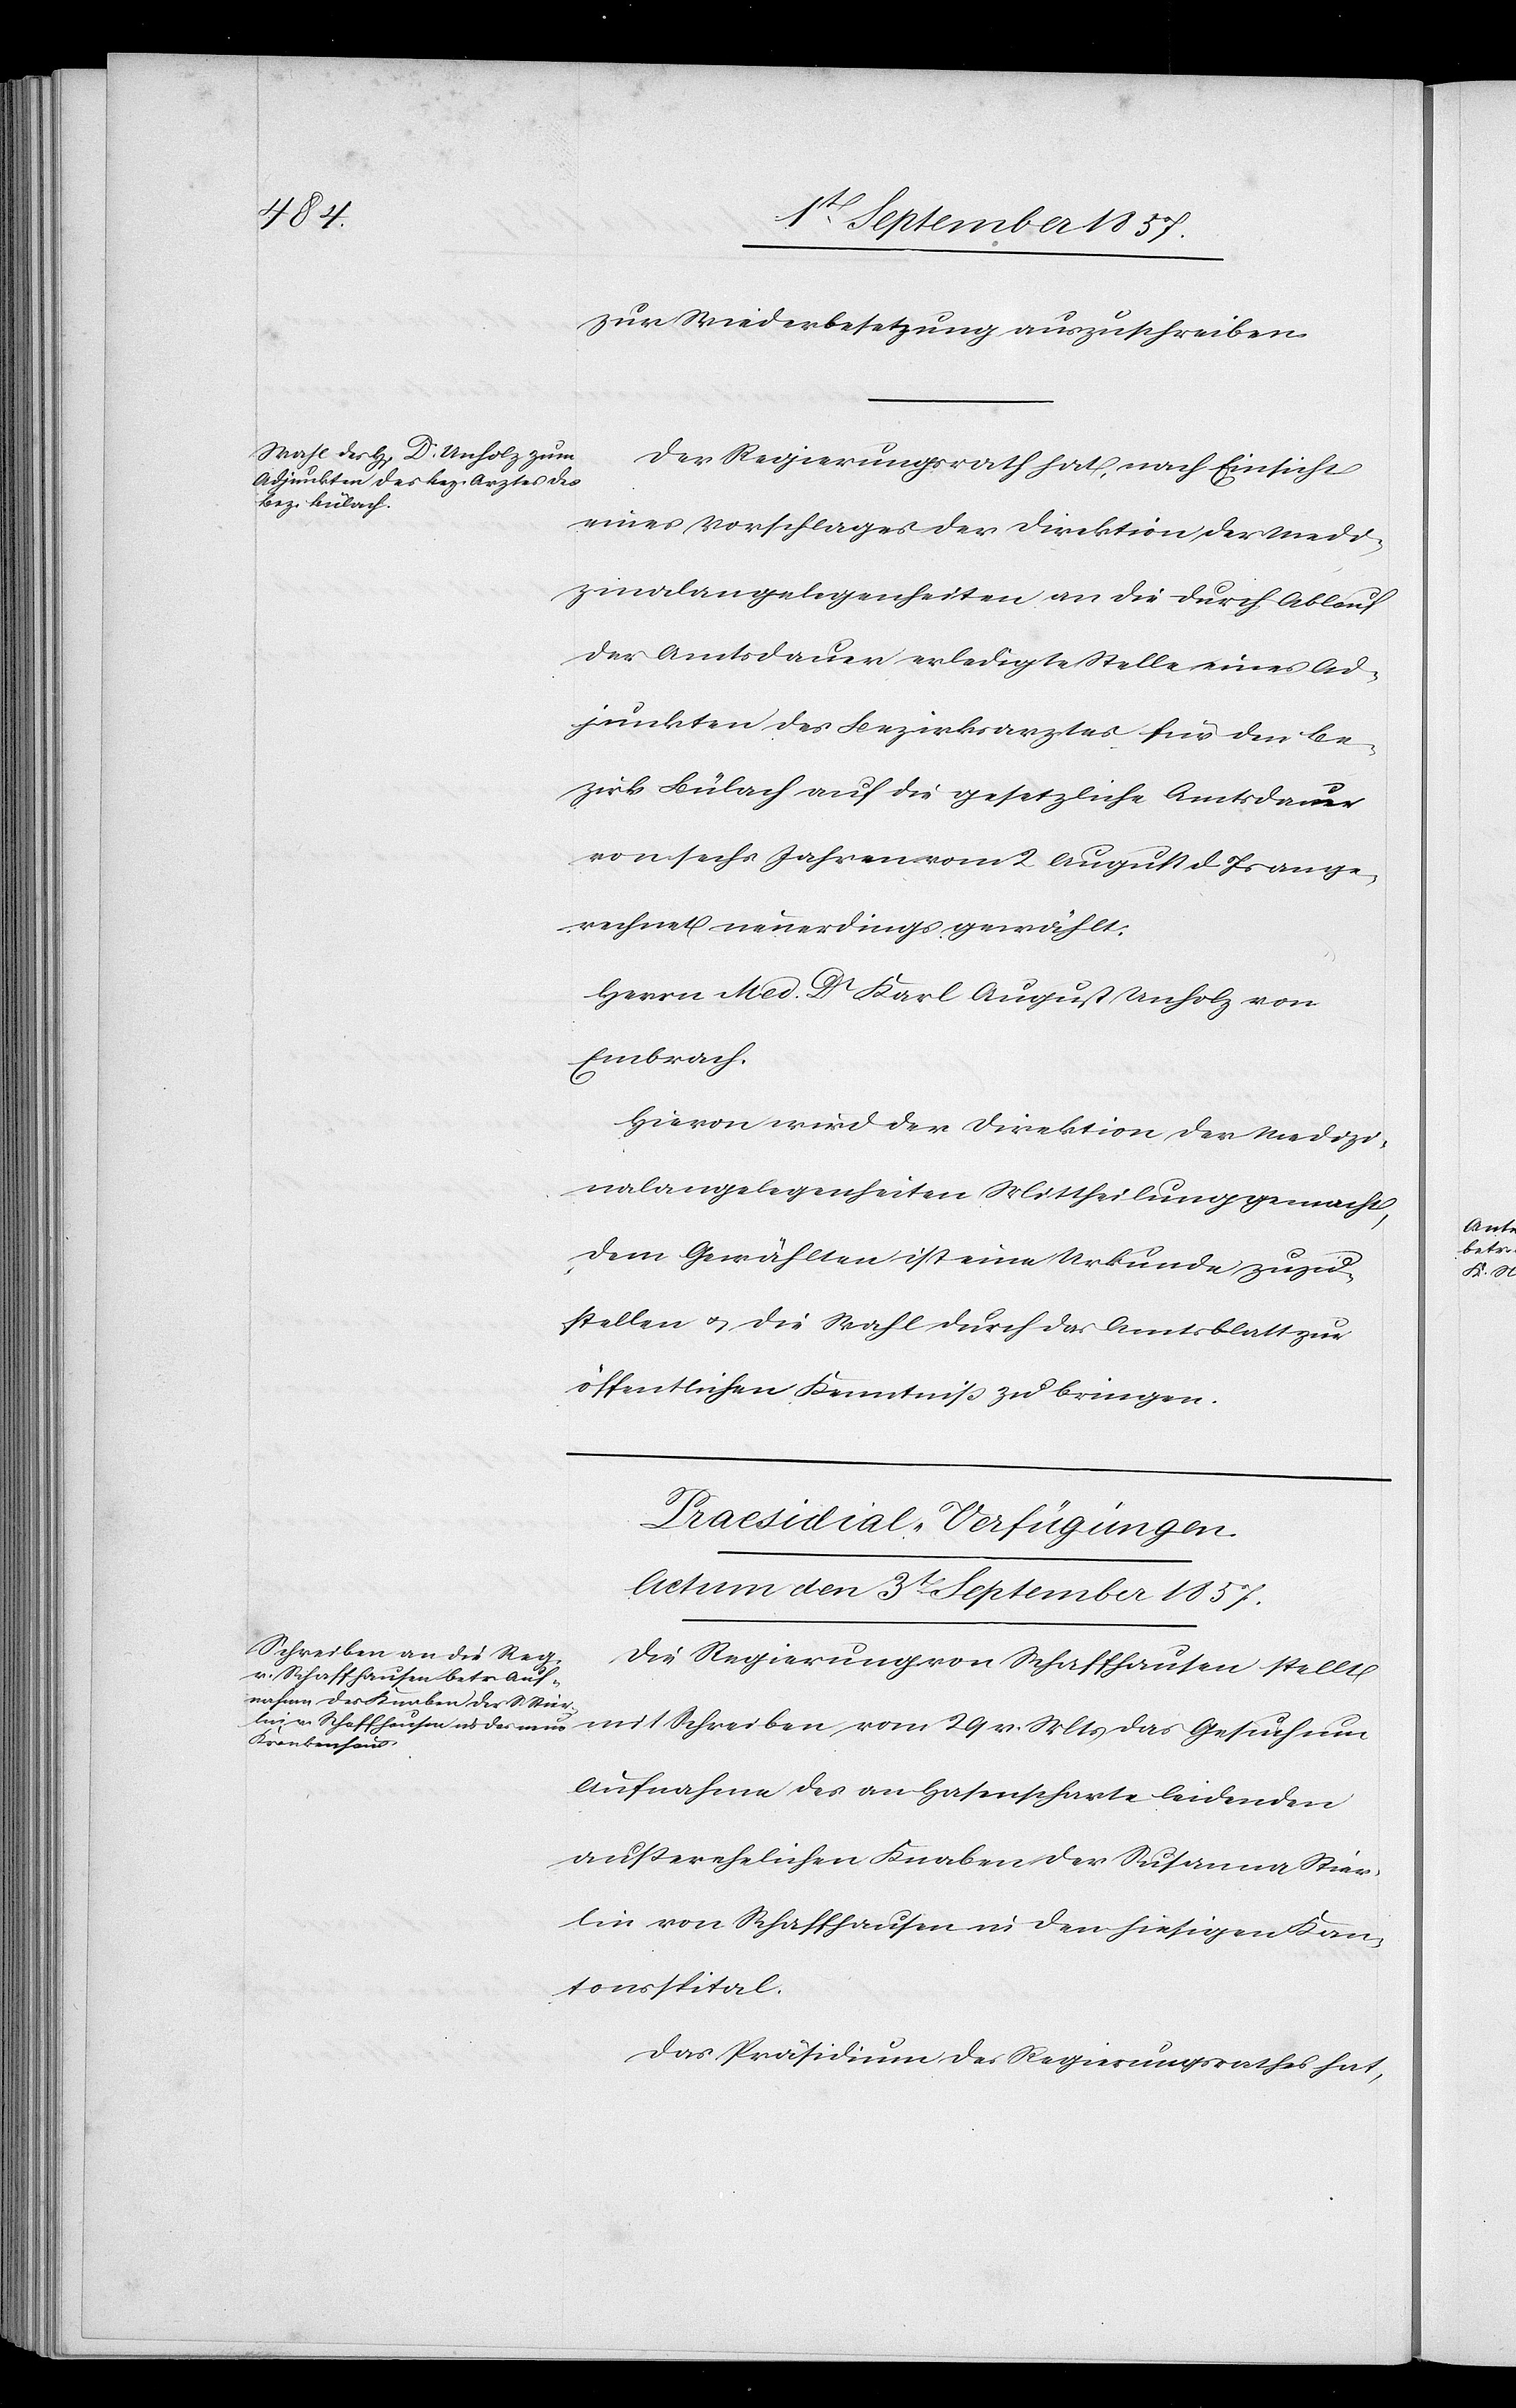
zur Wiederbesetzung auszuschreiben.
Der Regierungsrath hat, nach Einsicht
eines Vorschlages der Direktion der Medi¬
zinalangelegenheiten an die durch Ablauf
der Amtsdauer erledigte Stelle eines Ad¬
junkten des Bezirksarztes für den Be¬
zirk Bülach auf die gesetzliche Amtsdauer
von sechs Jahren vom 2 August d. Js. an ge¬
rechnet neuerdings gewählt:
Herrn Med. Dr Karl August Unholz von
Embrach.
Hievon wird der Direktion der Medizi¬
nalangelegenheiten Mittheilung gemacht,
dem Gewählten ist eine Urkunde zuzu¬
stellen & die Wahl durch das Amtsblatt zur
öffentlichen Kenntniß zu bringen.
Praesidial-Verfügungen.
Actum den 3t September 1857.
Die Regierung von Schaffhausen stellt
mit Schreiben vom 29 v. Mts. das Gesuch um
Aufnahme des an Hasenscharte leidenden
außerehelichen Knaben der Susanna Stier¬
lin von Schaffhausen in den hiesigen Kan¬
tonsspital.
Das Präsidium des Regierungsrathes hat,